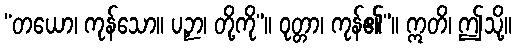
“တယော၊ ကုန်သော။ ပဉှာ၊ တို့ကို”။ ဝုတ္တာ၊ ကုန်၏”။ ဣတိ၊ ဤသို့။